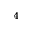
^ { 4 }